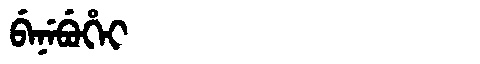
Manchu: ᠪᡝᠨᡝᠪᡠᡥᡝᡳ
Romanization: BENEBUHEI